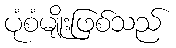
ပုံစံမျိုးဖြစ်သည်